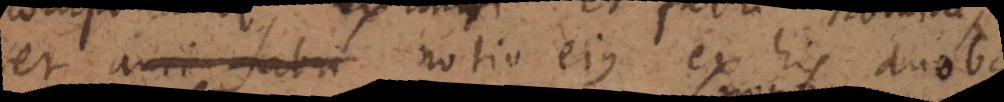
et aurifabri notio ejus ex his duobus